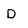
Character: D